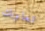
تعاونك